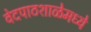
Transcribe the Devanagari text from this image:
वेदपाठशाळेमध्ये